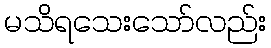
မသိရသေးသော်လည်း